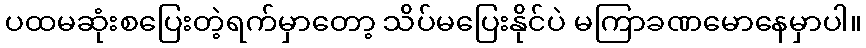
ပထမဆုံးစပြေးတဲ့ရက်မှာတော့ သိပ်မပြေးနိုင်ပဲ မကြာခဏမောနေမှာပါ။